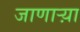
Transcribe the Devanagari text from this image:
जाणार्‍य़ा